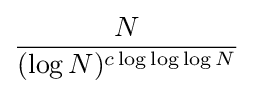
{\frac {N}{(\log N)^{c\log \log \log N}}}